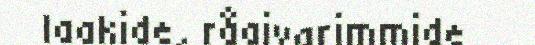
laakide, råajvarimmide